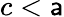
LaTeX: c<\mathsf{a}